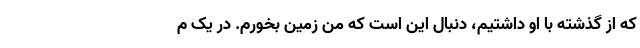
که از گذشته با او داشتیم، دنبال این است که من زمین بخورم. در یک م